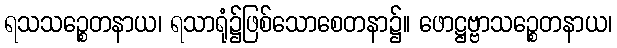
ရသသဉ္စေတနာယ၊ ရသာရုံ၌ဖြစ်သောစေတနာ၌။ ဖောဋ္ဌဗ္ဗာသဉ္စေတနာယ၊